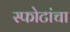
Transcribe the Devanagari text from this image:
स्फोटांचा